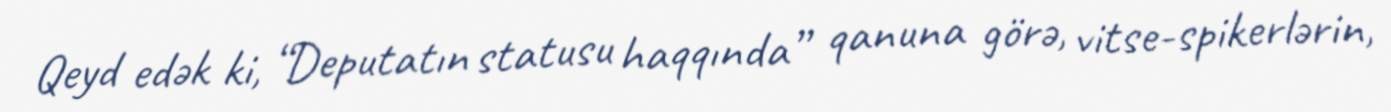
Qeyd edək ki, “Deputatın statusu haqqında” qanuna görə, vitse-spikerlərin,